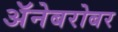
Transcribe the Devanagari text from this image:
अॅनेबरोबर